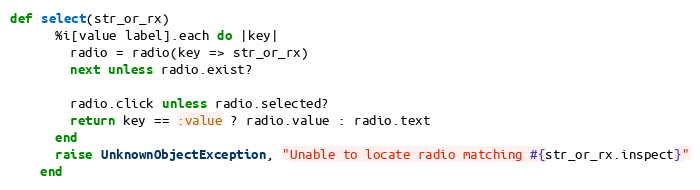
Language: Ruby
def select(str_or_rx)
      %i[value label].each do |key|
        radio = radio(key => str_or_rx)
        next unless radio.exist?

        radio.click unless radio.selected?
        return key == :value ? radio.value : radio.text
      end
      raise UnknownObjectException, "Unable to locate radio matching #{str_or_rx.inspect}"
    end